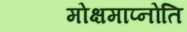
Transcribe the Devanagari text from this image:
मोक्षमाप्नोति